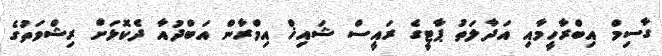
ގާސިމް އިބްރާހީމާއި އަދާލަތު ޕާޓީގެ ރައީސް ޝައިޚް އިމްރާން އަބްދުއާ ދެކޮޅަށް ރިޝްވަތުގެ